system: You are a helpful assistant.
user:
Analyze the provided spectrum to determine if it is a **M-type Giant (gM)**.

A M-type Giant spectrum is defined by its **strong molecular absorption** features, particularly from **Titanium Oxide (TiO)**. You must check for one of the following mutually exclusive signatures:

- **Key Visual Indicators (Absorption-Dominated Spectrum):**

    - **(Primary):** The spectrum is dominated by strong molecular absorption from **Titanium Oxide (TiO)**. This is the **defining feature** of its M-type temperature class.
        - **(Key Bandheads):** Look for sharp, "saw-tooth" absorption valleys. The strongest are located near **~7050 Å**, **~6160 Å**, and **~5170 Å**.
        - **(Line Profile):** The "saw-tooth" morphology is critical: a **sharp, steep drop on the BLUE (short-wavelength) side** of the bandhead, followed by a gradual recovery (rising flux) towards the RED (long-wavelength) side.

    - **(Key Confirmation - Giant vs. Dwarf):** **ABSENCE** of strong **Calcium Hydride (CaH)** molecular bands. This is the primary diagnostic for *excluding* M-dwarfs.
        - **(Key Region):** The spectrum should lack the strong, broad absorption band seen in dwarfs between **~6800 Å and ~7000 Å**.

    - **(Secondary Confirmation - Giant):** A very strong and broad **Neutral Calcium (Ca I)** atomic absorption line.
        - **(Key Line):** Located at **~4226 Å**. In a giant (gM), this line is significantly deeper and broader than the same line in an M-dwarf (dM) due to low surface gravity.

    - **(Overall Spectrum):**
        - The continuum is **extremely red-sloping** (i.e., flux is very low in the blue and rises dramatically towards the red).
        - The entire spectrum appears "chopped up" by the deep TiO bands.

Think first, call **spectral_visualization_tool** if needed to examine features in detail, then provide your final answer. Your response must adhere to the following strict rules:
1.  **Overall Structure:** Your response must follow the format `<think>...</think> <tool_call>...</tool_call> (if a tool is used) <answer>...</answer>`.
2.  **Tool Usage Constraint:** You may only make **one** tool call per turn.
3.  **Final Answer Format:** In the `<answer>` tag, your conclusion must be inside a `\boxed{}` command (e.g., `\boxed{YES}` or `\boxed{NO}`), followed by your justification.

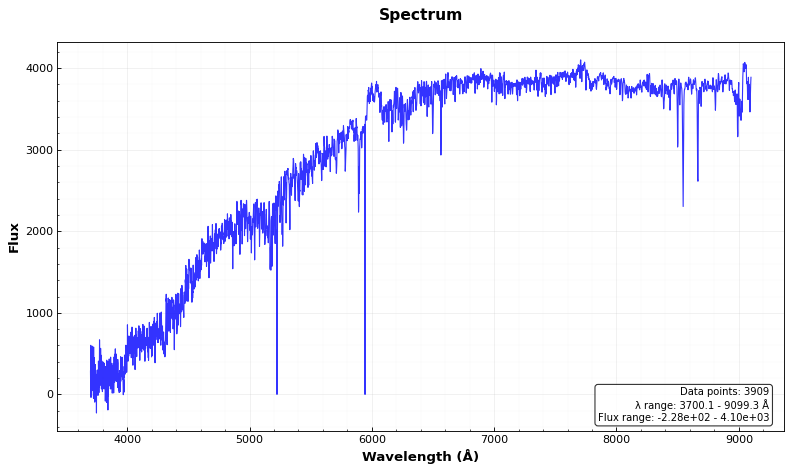
Answer: NO